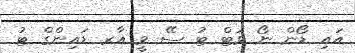
އައި ޑޯން ނޯ ވަޓް ޓު ސޭ ވީ އާރ ޑައިންގް ޓު